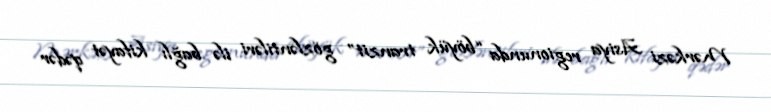
Mərkəzi Asiya regionunda “böyük tranzit” gözləntiləri ilə bağlı kifayət qədər